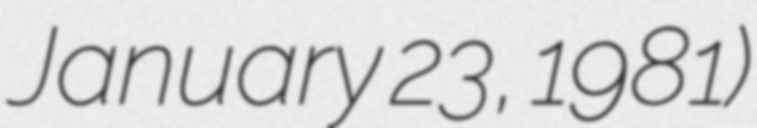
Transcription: January 23, 1981)